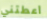
اعطتني